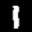
Label: 1